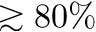
\gtrsim 8 0 \%